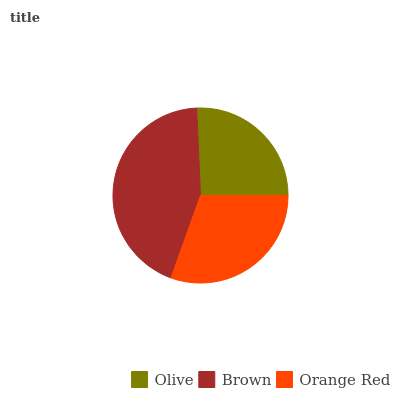
| Olive | Brown | Orange Red |
 | --- | --- | --- |
 | 25.7% | 43.9% | 30.5% |